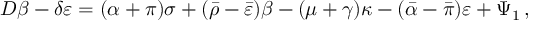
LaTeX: D \beta - \delta \varepsilon = ( \alpha + \pi ) \sigma + ( { \bar { \rho } } - { \bar { \varepsilon } } ) \beta - ( \mu + \gamma ) \kappa - ( { \bar { \alpha } } - { \bar { \pi } } ) \varepsilon + \Psi _ { 1 } \, ,